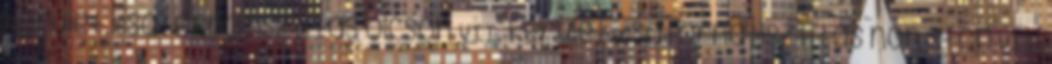
kerület. Csatornatisztítás olcsón VII. kerület. Csatornatisztítás non stop VII.